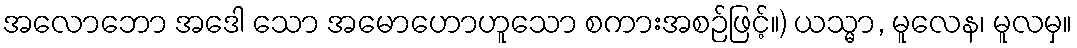
အလောဘော အဒေါ သော အမောဟောဟူသော စကားအစဉ်ဖြင့်။) ယသ္မာ, မူလေန၊ မူလမှ။